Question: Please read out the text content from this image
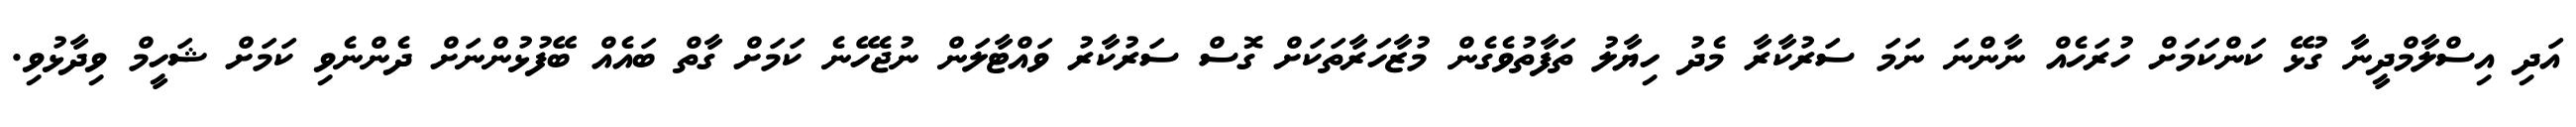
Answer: އަދި އިސްލާމްދީނާ ގުޅޭ ކަންކަމަށް ހުރަހެއް ނާންނަ ނަމަ ސަރުކާރާ މެދު ހިޔާލު ތަފާތުވެގެން މުޒާހަރާތަކަށް ގޮސް ސަރުކާރު ވައްޓާލަން ނުޖެހޭނެ ކަމަށް ގާތް ބައެއް ބޭފުޅުންނަށް ދެންނެވި ކަމަށް ޝަހީމް ވިދާޅުވި.